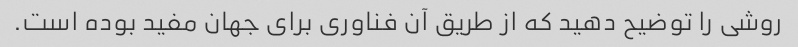
روشی را توضیح دهید که از طریق آن فناوری برای جهان مفید بوده است.